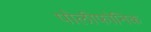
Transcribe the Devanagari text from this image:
पोलीफोनिक